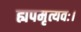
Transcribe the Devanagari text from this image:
ह्यपमृत्यवः।